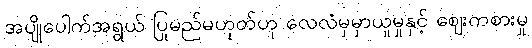
အပျိုပေါက်အရွယ် ပြုမည်မဟုတ်ဟု လေလံမှမှာယူမှုနှင့် ဈေးကစားမှု